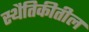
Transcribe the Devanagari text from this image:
स्थैतिकीतील